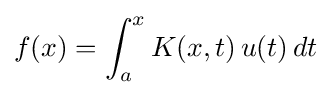
f(x)=\int _{a}^{x}K(x,t)\,u(t)\,dt